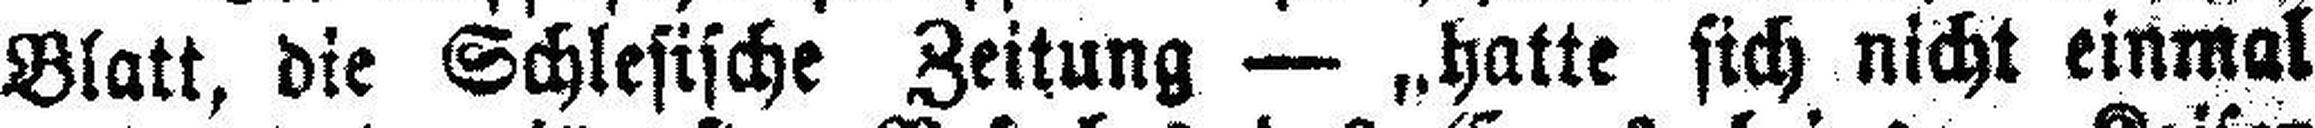
Blatt, die Schlesische Zeitung — „hatte sich nicht einmal